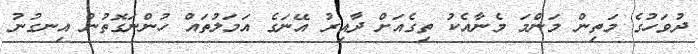
ދުވަހުގެ މަތިން މަންމަ މެނާއެކު ތިގެއަށް ދާއިރު އޭނަގެ އަމަލުތައް ހުންނަގޮތުން އިނގުނު